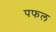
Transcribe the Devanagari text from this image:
पफल